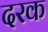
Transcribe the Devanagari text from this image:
दरक